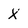
Character: X